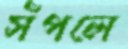
সঁপলে